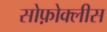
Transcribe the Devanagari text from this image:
सोफ़ोक्लीस